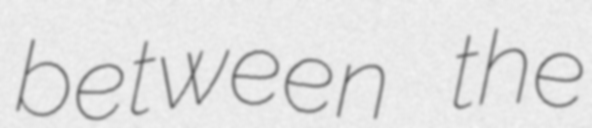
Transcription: between the